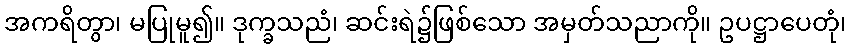
အကရိတွာ၊ မပြုမူ၍။ ဒုက္ခသညံ၊ ဆင်းရဲ၌ဖြစ်သော အမှတ်သညာကို။ ဥပဋ္ဌာပေတုံ၊